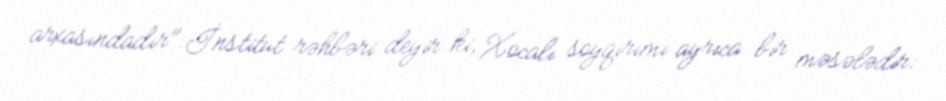
arxasındadır".İnstitut rəhbəri deyir ki, Xocalı soyqırımı ayrıca bir məsələdir: